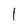
Character: 1